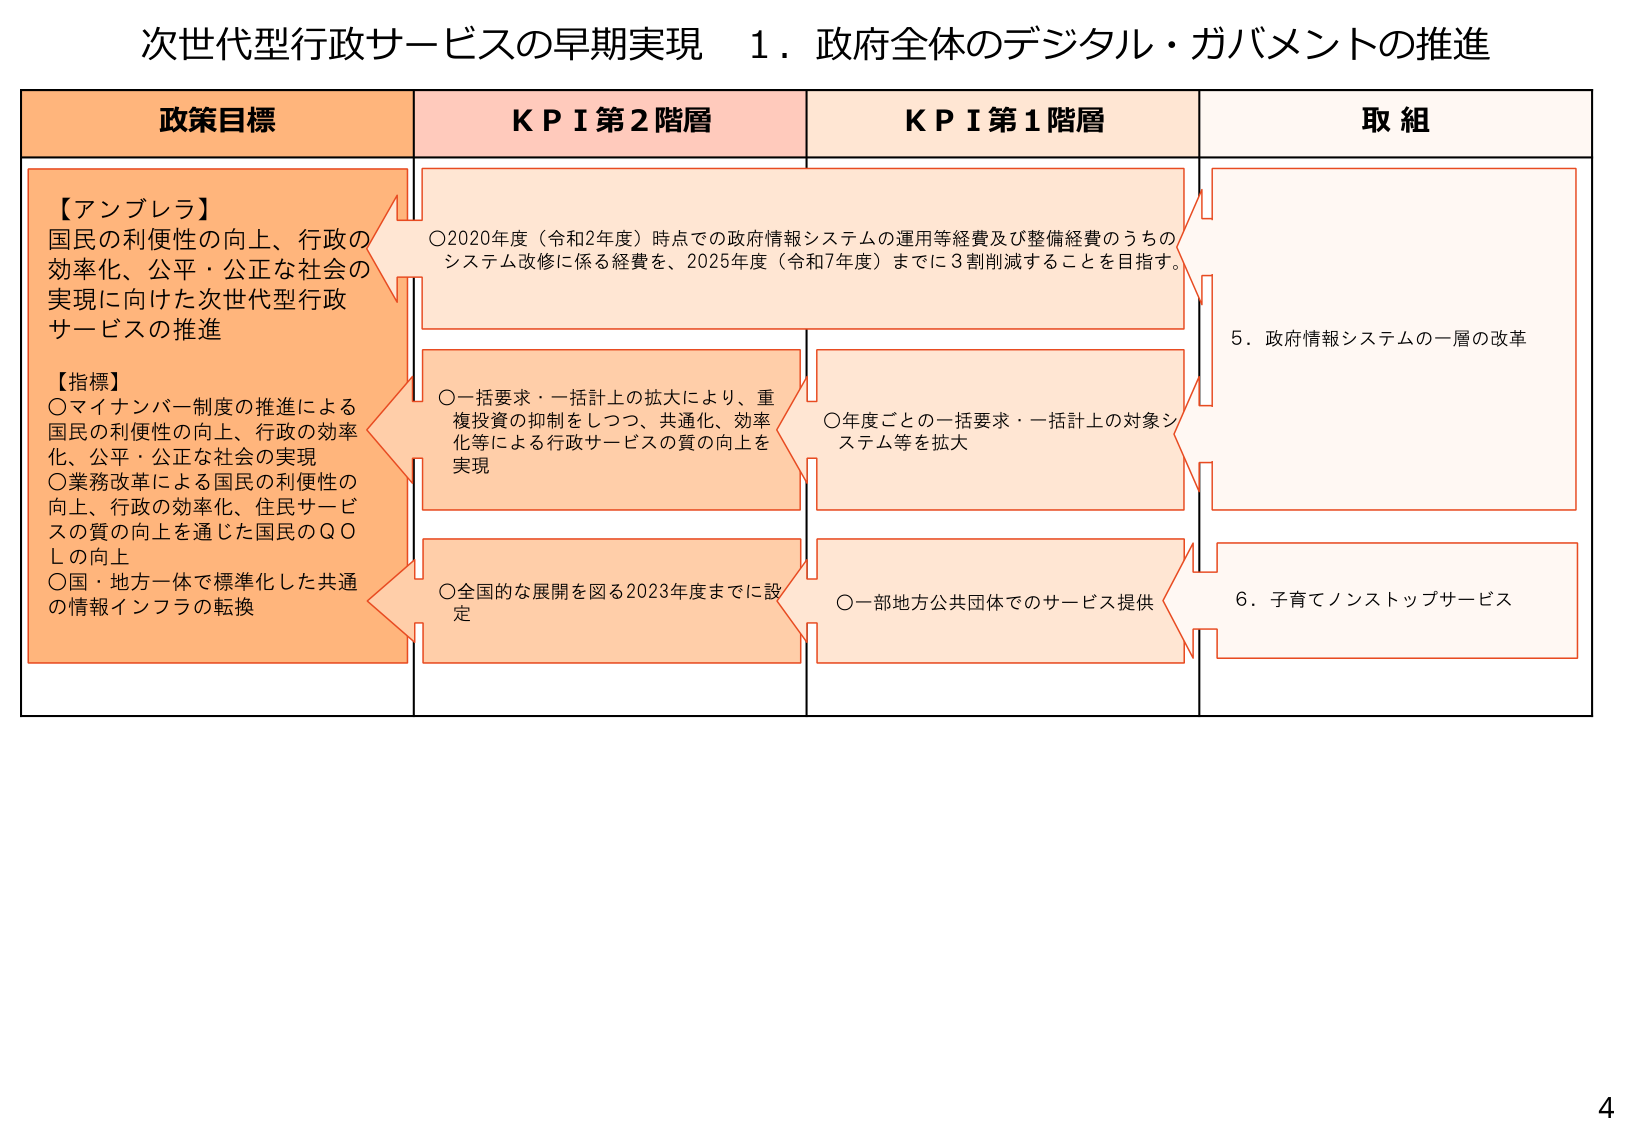
次世代型行政サービスの早期実現　１．政府全体のデジタル・ガバメントの推進

政策目標
【アンブレラ】
国民の利便性の向上、行政の
効率化、公平・公正な社会の
実現に向けた次世代型行政
サービスの推進
【指標】
〇マイナンバー制度の推進による
国民の利便性の向上、行政の効率
化、公平・公正な社会の実現
〇業務改革による国民の利便性の
向上、行政の効率化、住民サービ
スの質の向上を通じた国民のＱＯ
Ｌの向上
〇国・地方一体で標準化した共通
の情報インフラの転換

ＫＰＩ第２階層
〇2020年度（令和2年度）時点での政府情報システムの運用等経費及び整備経費のうちの
システム改修に係る経費を、2025年度（令和7年度）までに3割削減することを目指す。
〇一括要求・一括計上の拡大により、重
複投資の抑制をしつつ、共通化、効率
化等による行政サービスの質の向上を
実現
〇全国的な展開を図る2023年度までに設
定

ＫＰＩ第１階層
〇年度ごとの一括要求・一括計上の対象シ
ステム等を拡大
〇一部地方公共団体でのサービス提供

取組
５．政府情報システムの一層の改革
６．子育てノンストップサービス

4